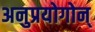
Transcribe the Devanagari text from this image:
अनुप्रयोगोन्